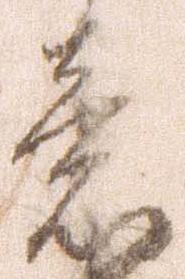
意